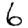
Digit: 6